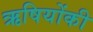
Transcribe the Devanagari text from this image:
ऋषियोंकी